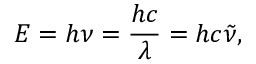
E = h \nu = { \frac { h c } { \lambda } } = h c { \tilde { \nu } } ,